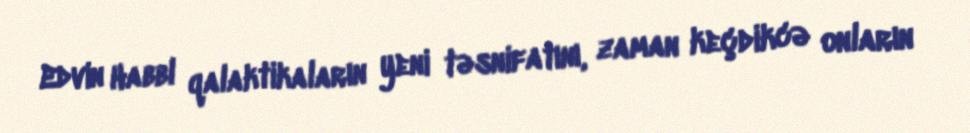
Edvin Habbl qalaktikaların yeni təsnifatını, zaman keçdikcə onların